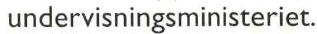
undervisningsministeriet.